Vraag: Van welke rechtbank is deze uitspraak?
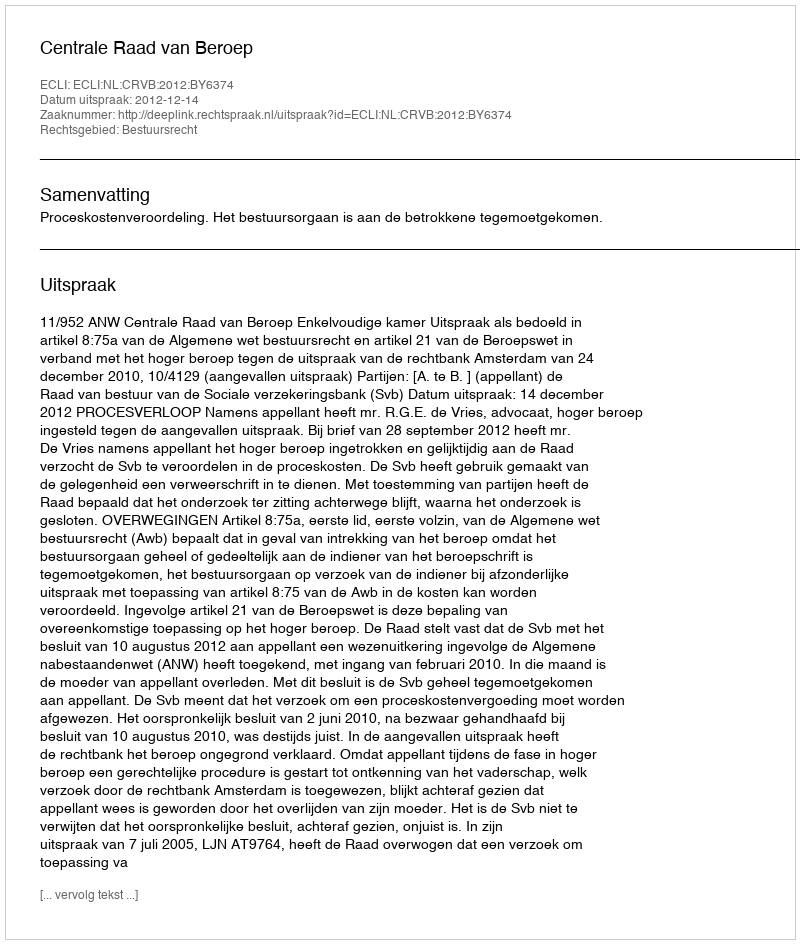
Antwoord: Centrale Raad van Beroep